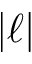
| \ell |